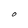
Character: O